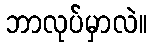
ဘာလုပ်မှာလဲ။